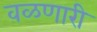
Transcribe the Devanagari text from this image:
वळणारी